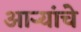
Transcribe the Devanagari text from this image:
आर्‍यांचे